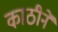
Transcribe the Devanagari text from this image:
काठीनें